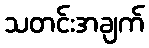
သတင်းအချက်